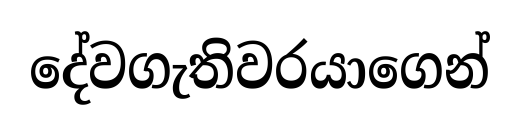
දේවගැතිවරයාගෙන්